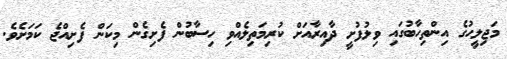
މަޖިލީހުގެ އިންތިހާބުގައި ވިލުފުށީ ދާއިރާއަށް ކުރިމަތިލެއްވި ހިސާބުން ފެށިގެން މިކަން ފެށިއްޖެ ކަމަށެވެ.